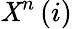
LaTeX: \mathit{X}^{n}\left(i\right)